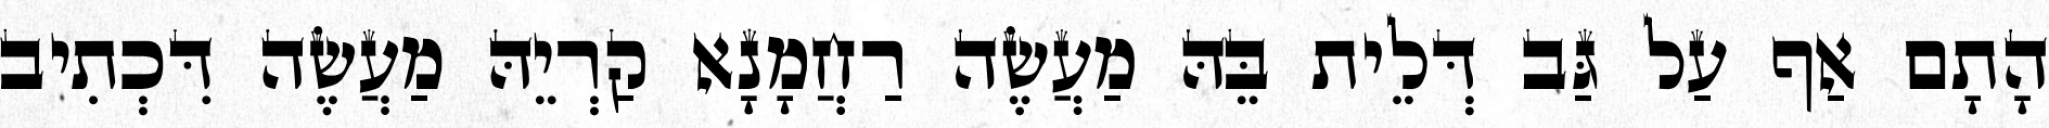
הָתָם אַף עַל גַּב דְּלֵית בֵּהּ מַעֲשֶׂה רַחֲמָנָא קַרְיֵהּ מַעֲשֶׂה דִּכְתִיב